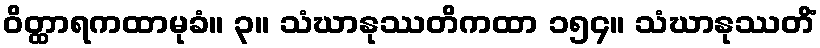
ဝိတ္ထာရကထာမုခံ။ ၃။ သံဃာနုဿတိကထာ ၁၅၄။ သံဃာနုဿတိံ